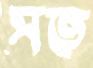
সত্